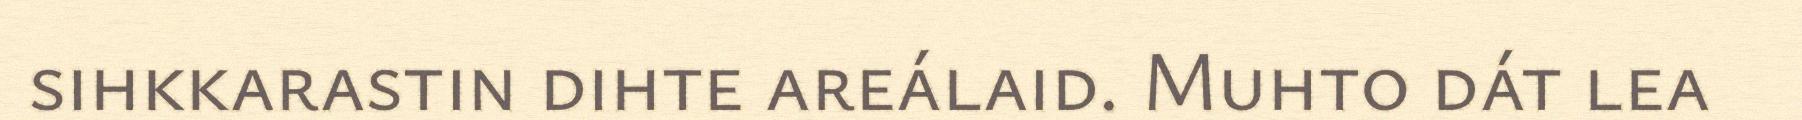
sihkkarastin dihte areálaid. Muhto dát lea